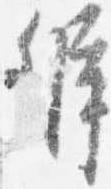
弁